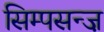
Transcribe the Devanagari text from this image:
सिम्पसन्ज़